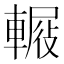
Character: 𨍿